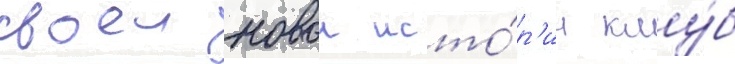
своеи новои исто́р'ии клу́б